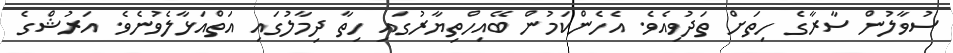
ސުވާލުން ސާރާގެ ހިތަށް ތަދުވިއެވެ. އެހެންކަމުން ބޭއިހްތިޔާރުގައި ހިތާ ދިމާލުގައި އަތްއަޅާލެވުނެވެ. އަރުޝްގެ